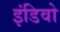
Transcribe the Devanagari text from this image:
इंडिवो